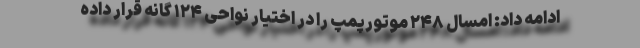
ادامه داد: امسال ۲۴۸ موتورپمپ را در اختیار نواحی ۱۲۴ گانه قرار داده